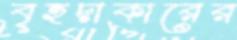
বৃহদাকারের